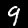
Label: 9